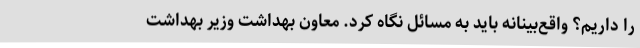
را داریم؟ واقع‌بینانه باید به مسائل نگاه کرد. معاون بهداشت وزیر بهداشت